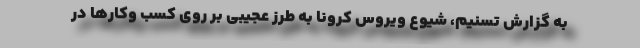
به گزارش تسنیم، شیوع ویروس کرونا به طرز عجیبی بر روی کسب وکارها در